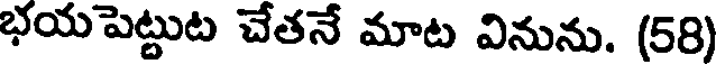
భయపెట్టుట చేతనే మాట వినును. (58)